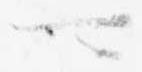
可